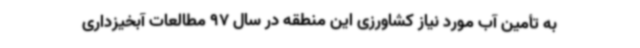
به تأمین آب مورد نیاز کشاورزی این منطقه در سال 97 مطالعات آبخیزداری